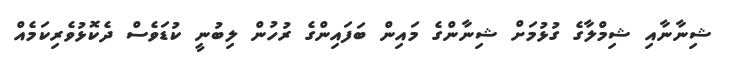
ޝިނާނާއި ޝިމްލާގެ ގުޅުމަށް ޝިނާންގެ މައިން ބަފައިންގެ ރުހުން ލިބުނީ ކުޑަވެސް ދެކޮޅުވެރިކަމެއް